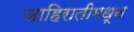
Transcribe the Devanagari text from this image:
जाहिरातीमधून